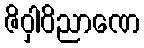
ဇိဝှါဝိညာဏေ